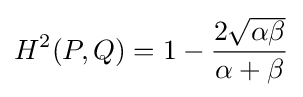
H^{2}(P,Q)=1-{\frac {2{\sqrt {\alpha \beta }}}{\alpha +\beta }}